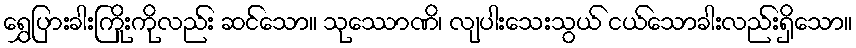
ရွှေပြားခါးကြိုးကိုလည်း ဆင်သော။ သုဿောဏိ၊ လျပါးသေးသွယ် ငယ်သောခါးလည်းရှိသော။